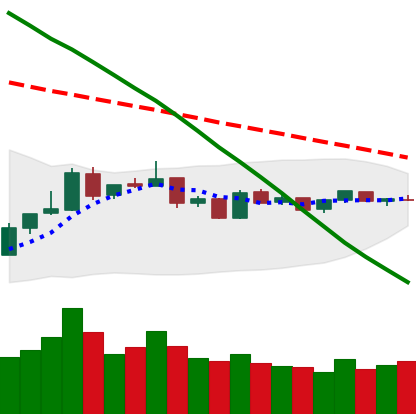
Ticker: BTC-USD
Chart end date: 2019-01-05
Forward return: -4.324%
Label: down_3_5